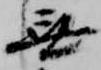
無